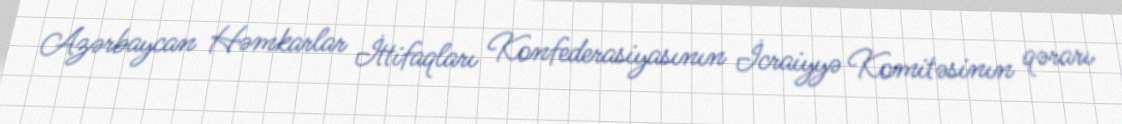
Azərbaycan Həmkarlar İttifaqları Konfederasiyasının İcraiyyə Komitəsinın qərarı